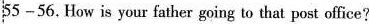
55—56. How is your father going to that post office?